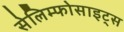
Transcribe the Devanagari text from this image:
सेलिम्फोसाइट्स